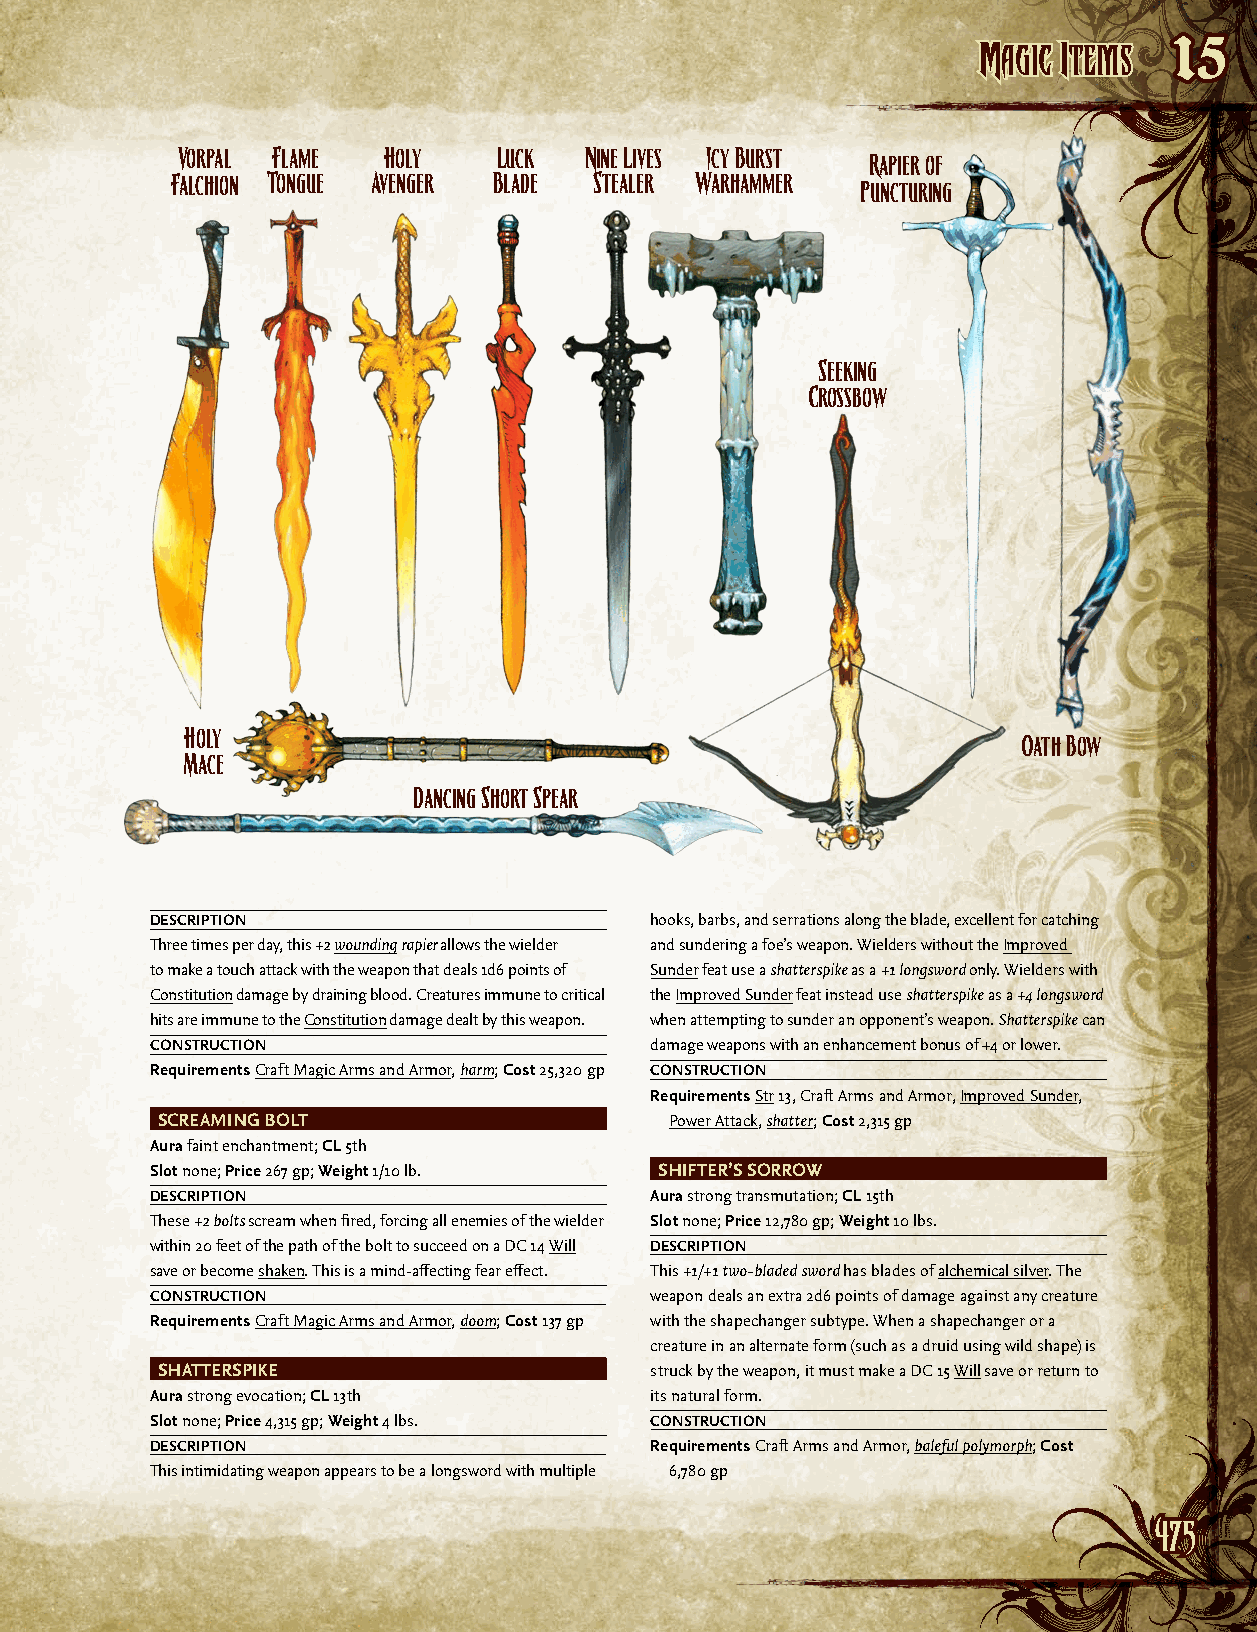
MMaaggiicc IItteemmss
 15
 Vorpal Flame Holy    Luck  Nine Lives Icy Burst
 Rapier of
 Falchion Tongue Avenger Blade Stealer Warhammer
 Puncturing
 Seeking
 Crossbow
 Holy
 Oath Bow
 Mace
 Dancing Short Spear
 DESCRIPTION                      hooks, barbs, and serrations along the blade, excellent for catching
 Three times per day, this +2 wounding rapier allows the wielder and sundering a foe’s weapon. Wielders without the Improved
 to make a touch attack with the weapon that deals 1d6 points of Sunder feat use a shatterspike as a +1 longsword only. Wielders with
 Constitution damage by draining blood. Creatures immune to critical the Improved Sunder feat instead use shatterspike as a +4 longsword
 hits are immune to the Constitution damage dealt by this weapon. when attempting to sunder an opponent’s weapon. Shatterspike can
 CONSTRUCTION                     damage weapons with an enhancement bonus of +4 or lower.
 Requirements Craft Magic Arms and Armor, harm; Cost 25,320 gp CONSTRUCTION
 Requirements Str 13, Craft Arms and Armor, Improved Sunder,
 SCREAMING BOLT                    Power Attack, shatter; Cost 2,315 gp
 Aura faint enchantment; CL 5th
 Slot none; Price 267 gp; Weight 1/10 lb. SHIFTER’S SORROW
 DESCRIPTION                      Aura strong transmutation; CL 15th
 These +2 bolts scream when fired, forcing all enemies of the wielder Slot none; Price 12,780 gp; Weight 10 lbs.
 within 20 feet of the path of the bolt to succeed on a DC 14 Will DESCRIPTION
 save or become shaken. This is a mind-affecting fear effect. This +1/+1 two-bladed sword has blades of alchemical silver. The
 CONSTRUCTION                     weapon deals an extra 2d6 points of damage against any creature
 Requirements Craft Magic Arms and Armor, doom; Cost 137 gp with the shapechanger subtype. When a shapechanger or a
 creature in an alternate form (such as a druid using wild shape) is
 SHATTERSPIKE                     struck by the weapon, it must make a DC 15 Will save or return to
 Aura strong evocation; CL 13th   its natural form.
 Slot none; Price 4,315 gp; Weight 4 lbs. CONSTRUCTION
 DESCRIPTION                      Requirements Craft Arms and Armor, baleful polymorph; Cost
 This intimidating weapon appears to be a longsword with multiple 6,780 gp
 447755